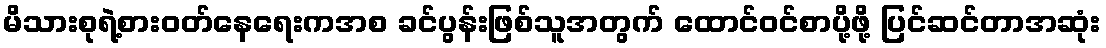
မိသားစုရဲ့စားဝတ်နေရေးကအစ ခင်ပွန်းဖြစ်သူအတွက် ထောင်ဝင်စာပို့ဖို့ ပြင်ဆင်တာအဆုံး